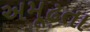
અમૂઢતા